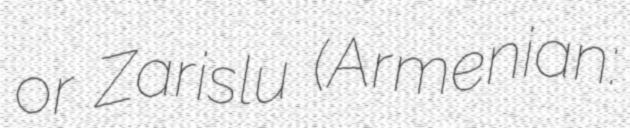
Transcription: or Zarislu (Armenian: